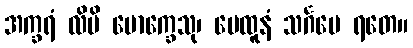
အက္ခရံ လိပိ မောက္ခေသု၊ မေထူနံ သင်္ဂမေ ရတေ။